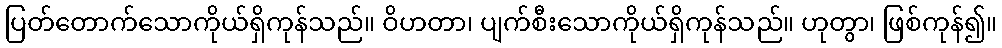
ပြတ်တောက်သောကိုယ်ရှိကုန်သည်။ ဝိဟတာ၊ ပျက်စီးသောကိုယ်ရှိကုန်သည်။ ဟုတွာ၊ ဖြစ်ကုန်၍။